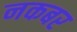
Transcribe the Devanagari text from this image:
नकबर